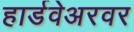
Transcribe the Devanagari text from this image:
हार्डवेअरवर